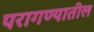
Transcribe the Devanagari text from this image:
परागण्यातील